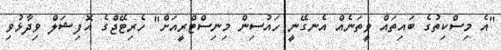
"އެ މިސްކިތުގެ ބައިތައް ވީތަނެއް އެނގޭނީ ހައުސިން މިނިސްޓްރީއަަށް" ހެރިޓޭޖްގެ އޮފިޝަލް ވިދާޅުވި